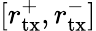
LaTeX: [{r}_{\mathrm{tx}}^{+},{r}_{\mathrm{tx}}^{-}]